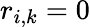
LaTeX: r_{i,k}=0